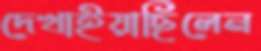
দেখাইয়াছিলেন